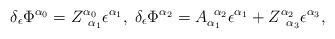
LaTeX: \begin{align*}\delta _\epsilon \Phi ^{\alpha _0}=Z_{\;\;\alpha _1}^{\alpha_0}\epsilon ^{\alpha _1},\;\delta _\epsilon \Phi ^{\alpha _2}=A_{\alpha_1}^{\;\;\alpha _2}\epsilon ^{\alpha _1}+Z_{\;\;\alpha _3}^{\alpha_2}\epsilon ^{\alpha _3},\end{align*}